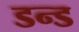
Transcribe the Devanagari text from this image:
डन्ड